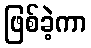
ဖြစ်ခဲ့ကာ